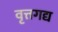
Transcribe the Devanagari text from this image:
वृत्तगद्य